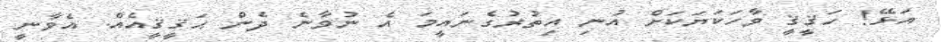
އަޅޭ! ހަޤީޤީ ވާހަކަޔަކަށް އުނި އިތުރުގެނައީމަ އެ ނުވާނެ ދެން ޙަޤީޤީއެއް. އެވާނީ